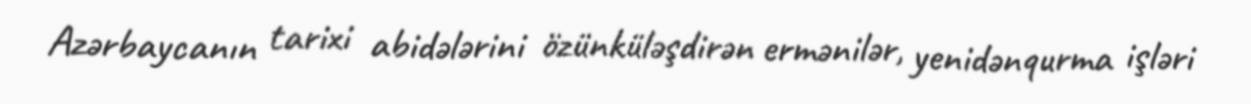
Azərbaycanın tarixi abidələrini özünküləşdirən ermənilər, yenidənqurma işləri